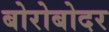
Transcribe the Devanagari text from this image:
बोरोबोदर